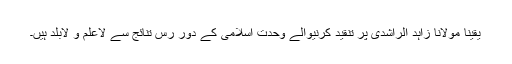
یقیناً مولانا زاہد الراشدی پر تنقید کرنیوالے وحدت اسلامی کے دور رس تنائج سے لاعلم و لابلد ہیں۔